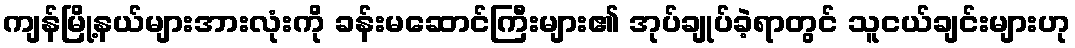
ကျန်မြို့နယ်များအားလုံးကို ခန်းမဆောင်ကြီးများ၏ အုပ်ချုပ်ခဲ့ရာတွင် သူငယ်ချင်းများဟု